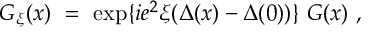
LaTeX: G _ { \xi } ( x ) \ = \ \exp \{ i e ^ { 2 } \xi ( \Delta ( x ) - \Delta ( 0 ) ) \} \ G ( x ) \ ,